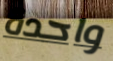
واحدة